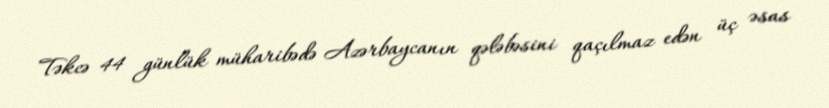
Təkcə 44 günlük müharibədə Azərbaycanın qələbəsini qaçılmaz edən üç əsas